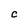
Character: C